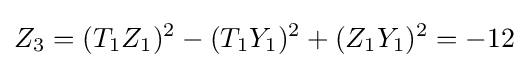
Z_{3}=(T_{1}Z_{1})^{2}-(T_{1}Y_{1})^{2}+(Z_{1}Y_{1})^{2}=-12